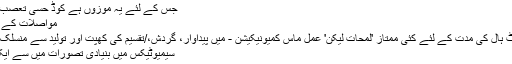
جس کے لئے یہ موزوں ہے کوڈ حسّی تعصب اس ...
مواصلات کے سرکٹ
اسٹیورٹ ہال کی مدت کے لئے کئی ممتاز 'لمحات لیکن' عمل ماس کمیونیکیشن - میں پیداوار، گردش،/تقسیم کی کھپت اور تولید سے منسلک ہے ...
سیمیوٹیکس میں بنیادی تصورات میں سے ایک ہے ۔